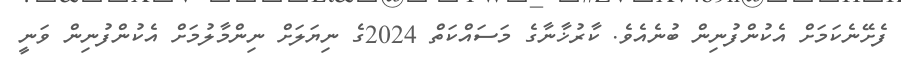
ފެށޭނެކަމަށް އެކުންފުނިން ބުނެއެވެ. ކާރުޚާނާގެ މަސައްކަތް 2024ގެ ނިޔަލަށް ނިންމާލުމަށް އެކުންފުނިން ވަނީ